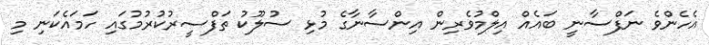
އެހެންވެ ނަފްސާނީ ބައެއް އިލްމުވެރިން އިންސާނާގެ މުޅި ސުލޫކު ތަފްސީރުކުރުމުގައި ހަމައެކަނި މި